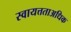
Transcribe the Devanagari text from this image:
स्वायत्तताअधिक